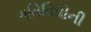
ગતિવિધીની